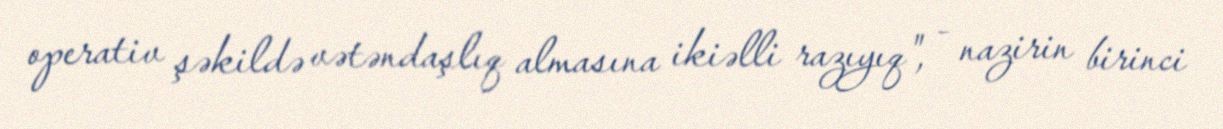
operativ şəkildə vətəndaşlıq almasına ikiəlli razıyıq", - nazirin birinci